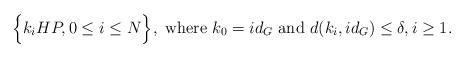
LaTeX: \begin{align*}\Big \{k_i HP, 0\le i\le N \Big \}, \mbox{ where } k_0=id_G \mbox{ and } d(k_i, id_G) \le \delta, i\ge 1.\end{align*}